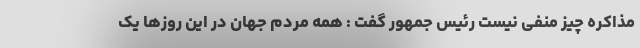
مذاکره چیز منفی نیست رئیس جمهور گفت : همه مردم جهان در این روزها یک